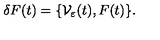
\delta F ( t ) = \{ \mathcal V _ { \varepsilon } ( t ) , F ( t ) \} .